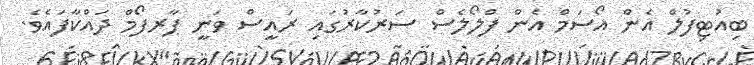
ބިއުޓިފުލް އެން އޯސަމް އެން ފްލޯލެސް ސަރުކާރުގައި ރައީސް ވަނީ ޕާރފޯމް ދައްކާފައެވެ.